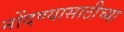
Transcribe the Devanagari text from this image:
नोंदण्यासाठीच्या